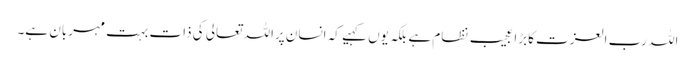
اللہ رب العزت کابڑا عجیب نظام ہے بلکہ یوں کہیے کہ انسان پراللہ تعالی کی ذات بہت مہربان ہے۔